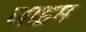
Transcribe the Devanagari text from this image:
जाइम